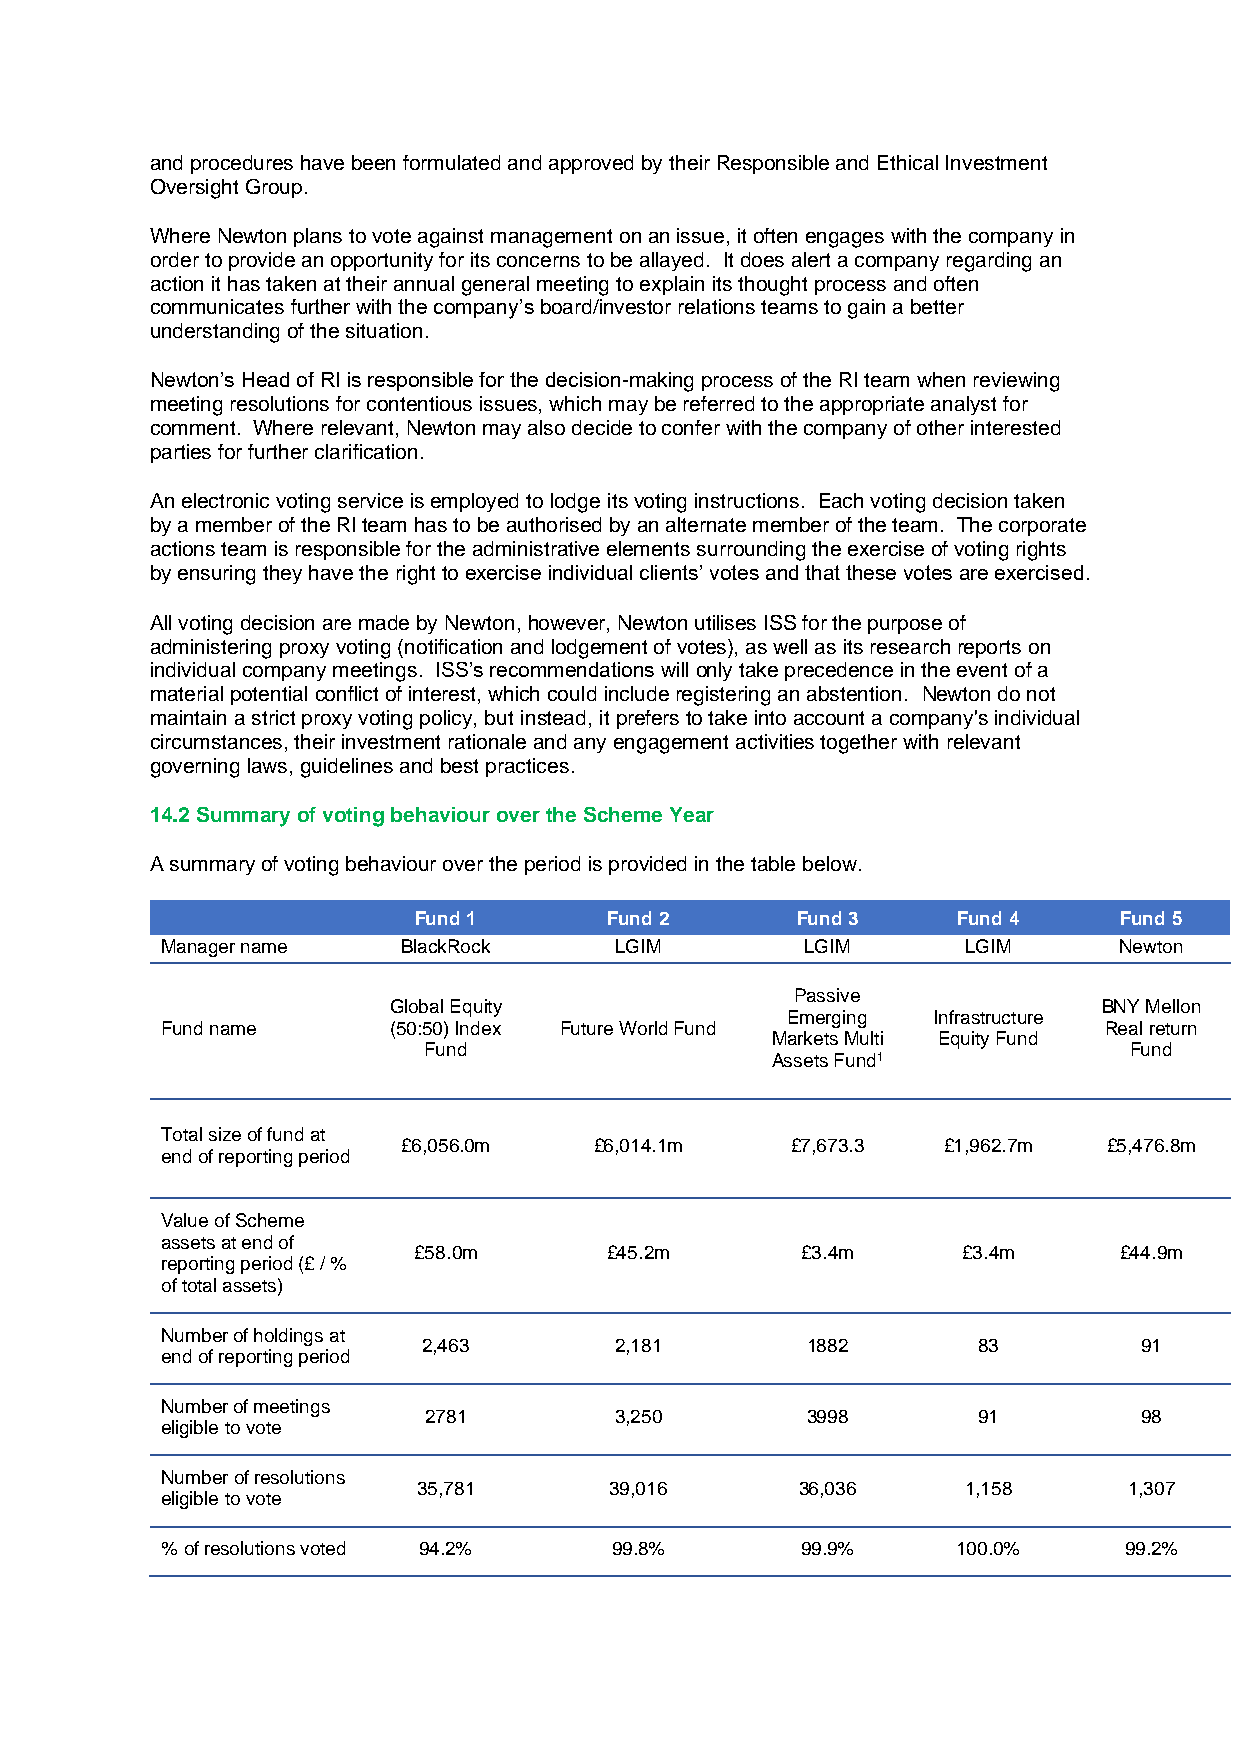
and procedures have been formulated and approved by their Responsible and Ethical Investment
 Oversight Group.
 Where Newton plans to vote against management on an issue, it often engages with the company in
 order to provide an opportunity for its concerns to be allayed. It does alert a company regarding an
 action it has taken at their annual general meeting to explain its thought process and often
 communicates further with the company’s board/investor relations teams to gain a better
 understanding of the situation.
 Newton’s Head of RI is responsible for the decision-making process of the RI team when reviewing
 meeting resolutions for contentious issues, which may be referred to the appropriate analyst for
 comment. Where relevant, Newton may also decide to confer with the company of other interested
 parties for further clarification.
 An electronic voting service is employed to lodge its voting instructions. Each voting decision taken
 by a member of the RI team has to be authorised by an alternate member of the team. The corporate
 actions team is responsible for the administrative elements surrounding the exercise of voting rights
 by ensuring they have the right to exercise individual clients’ votes and that these votes are exercised.
 All voting decision are made by Newton, however, Newton utilises ISS for the purpose of
 administering proxy voting (notification and lodgement of votes), as well as its research reports on
 individual company meetings. ISS’s recommendations will only take precedence in the event of a
 material potential conflict of interest, which could include registering an abstention. Newton do not
 maintain a strict proxy voting policy, but instead, it prefers to take into account a company's individual
 circumstances, their investment rationale and any engagement activities together with relevant
 governing laws, guidelines and best practices.
 14.2 Summary of voting behaviour over the Scheme Year
 A summary of voting behaviour over the period is provided in the table below.
 Fund 1       Fund 2       Fund 3    Fund 4     Fund 5
 Manager name    BlackRock     LGIM        LGIM       LGIM      Newton
 Passive
 Global Equity                                  BNY Mellon
 Emerging  Infrastructure
 Fund name      (50:50) Index Future World Fund                Real return
 Markets Multi Equity Fund
 Fund                                           Fund
 Assets Fund1
 Total size of fund at
 £6,056.0m   £6,014.1m    £7,673.3  £1,962.7m  £5,476.8m
 end of reporting period
 Value of Scheme
 assets at end of
 £58.0m       £45.2m       £3.4m      £3.4m     £44.9m
 reporting period (£ / %
 of total assets)
 Number of holdings at
 2,463        2,181       1882        83        91
 end of reporting period
 Number of meetings
 2781         3,250       3998        91        98
 eligible to vote
 Number of resolutions
 35,781      39,016       36,036     1,158      1,307
 eligible to vote
 % of resolutions voted 94.2% 99.8%        99.9%     100.0%     99.2%